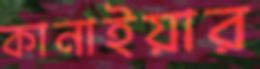
কানাইয়ার